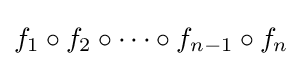
f_{1}\circ f_{2}\circ \cdots \circ f_{n-1}\circ f_{n}\!